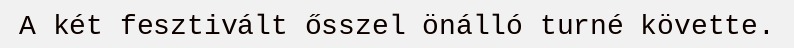
A két fesztivált ősszel önálló turné követte.